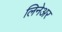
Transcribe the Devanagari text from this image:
लिनेअर